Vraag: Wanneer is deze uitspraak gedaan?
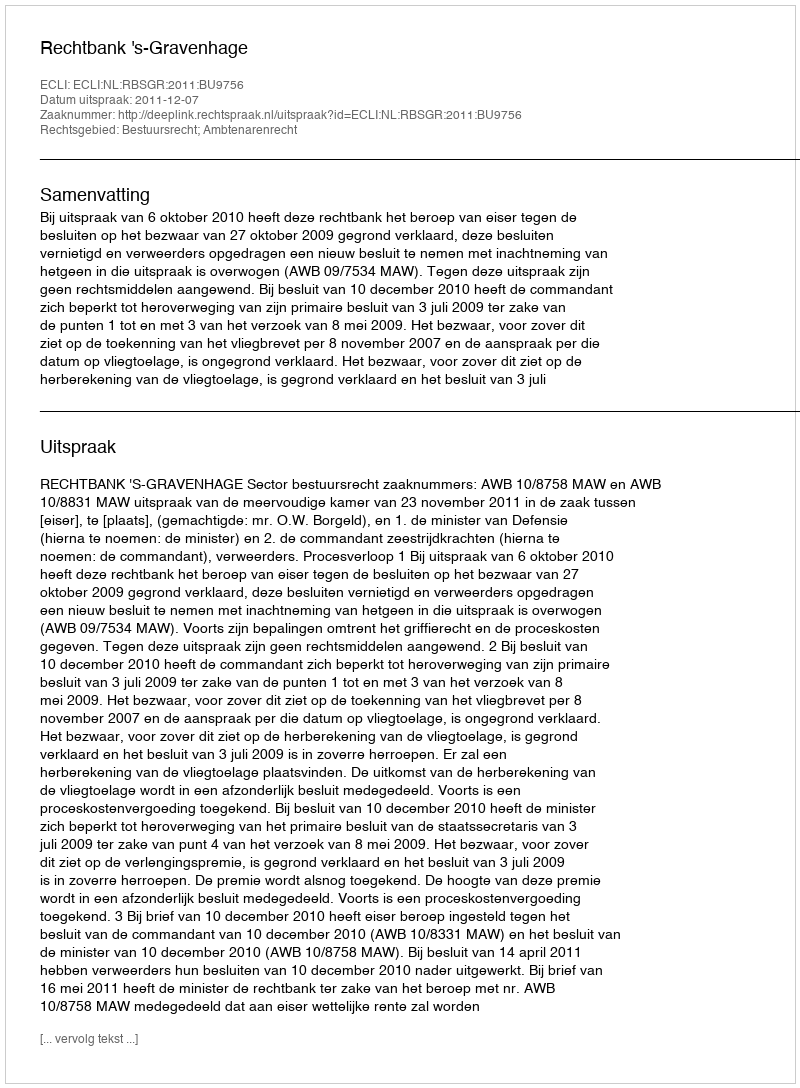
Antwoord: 2011-12-07